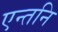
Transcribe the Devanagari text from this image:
एन्तनि